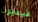
غيديون